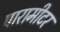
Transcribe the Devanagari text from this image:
पारामीटर